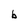
Character: b